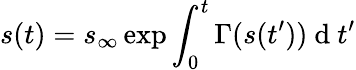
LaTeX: s(t)=s_{\infty}\exp{\int_{0}^{t}\Gamma(s(t^{\prime}))\mathrm{~d~}t^{\prime}}